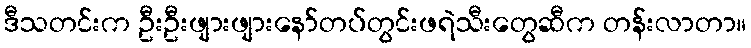
ဒီသတင်းက ဦးဦးဖျားဖျားနော်တပ်တွင်းဖရဲသီးတွေဆီက တန်းလာတာ။